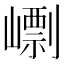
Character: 㠒